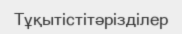
Тұқытістітәрізділер